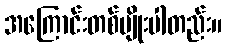
အကြောင်းတစ်မျိုးပါတည်း။